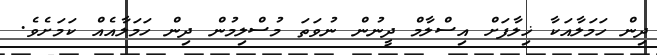
ދިން ހަމަލާއަކާ ޚިލާފަށް އިސްލާމް ދީނުން ނުވަތަ މުސްލިމުން ދިން ހަމަލާއެއް ކަމަށެވެ.